Report of the Indian Hemp Drugs Commission, 1894-1895 - Volume VI
Year: 1894
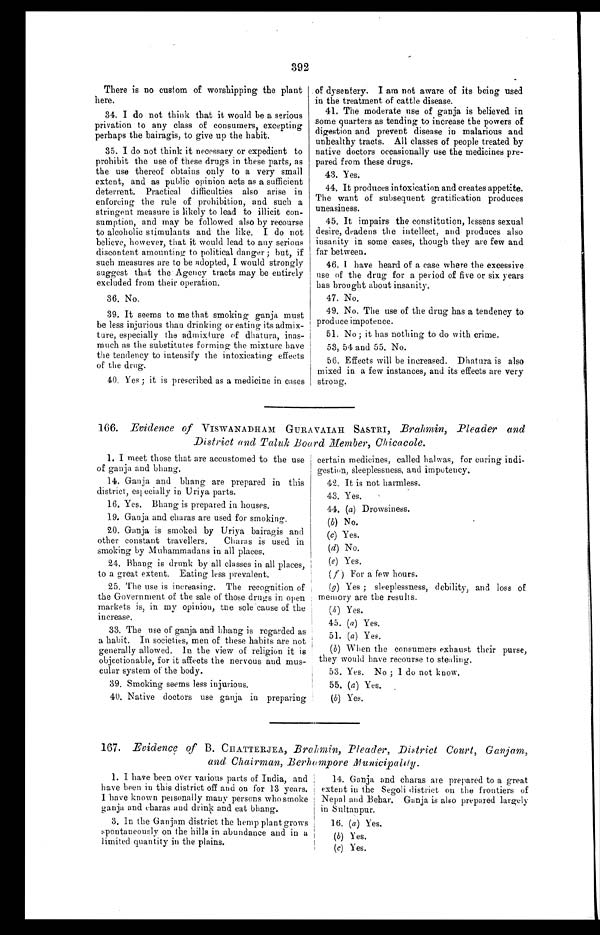
There is no custom of worshipping the plant
here.
34. I do not think that it would be a serious
privation to any class of consumers, excepting
perhaps the bairagis, to give up the habit.
35. I do not think it necessary or expedient to
prohibit the use of these drugs in these parts, as
the use thereof obtains only to a very small
extent, and as public opinion acts as a sufficient
deterrent. Practical difficulties also arise in
enforcing the rule of prohibition, and such a
stringent measure is likely to lead to illicit con-
sumption, and may be followed also by recourse
to alcoholic stimulants and the like. I do not
believe, however, that it would lead to any serious
discontent amounting to political danger; but, if
such measures are to be adopted, I would strongly
suggest that the Agency tracts may be entirely
excluded from their operation.
36. No.
39. It seems to me that smoking ganja must
be less injurious than drinking or eating its admix-
ture, especially the admixture of dhatura, inas-
much as the substitutes forming the mixture have
the tendency to intensify the intoxicating effects
of the drug.
40.
Yes; it is prescribed as a medicine in cases of dysentery. I am not aware of its being used
in the treatment of cattle disease.
41. The moderate use of ganja is believed in
some quarters as tending to increase the powers of
digestion and prevent disease in malarious and
unhealthy tracts. All classes of people treated by
native doctors occasionally use the medicines pre-
pared from these drugs.
43. Yes.
44. It produces intoxication and creates appetite.
The want of subsequent gratification produces
uneasiness.
45. It impairs the constitution, lessens sexual
desire, deadens the intellect, and produces also
insanity in some cases, though they are few and
far between.
46. I have heard of a ease where the excessive
use of the drug for a period of five or six years
has brought about insanity.
47. No.
49. No. The use of the drug has a tendency to
produce impotence.
51. No; it has nothing to do with crime.
53, 54 and 55. No.
56. Effects will be increased. Dhatura is also
mixed in a few instances, and its effects are very
strong.
166. Evidence of VISWANADHAM GURAVAIAH SASTRI, Brahmin, Pleader and
District and Taluk Board Member, Chicacole.
1. I meet those that are accustomed to the use
of ganja and bhang.
14. Ganja and Bhang are prepared in this
district, specially in Uriya parts.
16. Yes. Bhang is prepared in houses.
19.
Ganja and charas are used for smoking.
20.
Ganja is smoked by Uriya bairagis and
other constant travellers. Charas is used in
smoking by Muhammadans in all places.
24. Bhang is drunk by all classes in all places,
to a great extent. Eating less prevalent.
25. The use is increasing. The recognition of
the Government of the sale of those drugs in open
markets is, in my opinion, the sole cause of the
increase.
33. The use of ganja and bhang is regarded as
a habit. In societies, men of these habits are not
generally allowed. In the view of religion it is
objectionable, for it affects the nervous and mus-
cular system of the body.
39. Smoking seems less injurious.
40. Native doctors use ganja in preparing
certain medicines, called halwas, for curing indi-
gestion, sleeplessness, and impotency.
42. It is not harmless.
43. Yes.
44. (a) Drowsiness.
(b) No.
(c) Yes.
(d) No.
(e) Yes.
(f)
For a few hours.
(g) Yes; sleeplessness, debility, and loss of
memory are the results.
(h) Yes.
45. (a) Yes.
51. (a) Yes.
(b) When the consumers exhaust their purse,
they would have recourse to stealing.
53. Yes. No; I do not know
.
55. (a) Yes.
(b) Yes.
167. Evidence of B. CHATTERJEA, Brahmin, Pleader, District Court, Ganjam,
and Chairman, Berhampore Municipality.
1. I have been over various parts of India, and
have been in this district off and on for 13 years.
1 have known personally many persons who smoke
ganja and charas and drink and eat bhang.
3. In the Ganjam district the hemp plant grows
spontaneously on the hills in abundance and in a
limited quantity in the plains.
14. Ganja and charas are prepared to a great
extent in the Segoli district on the frontiers of
Nepal and Behar. Ganja is also prepared largely
in Sultanpur.
16. (a) Yes.
(b) Yes.
(c) Yes.